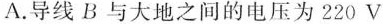
A.导线B与大地之间的电压为220V